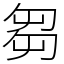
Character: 芻